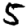
Digit: 5